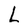
Character: L